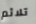
تلائم